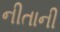
નીતાની